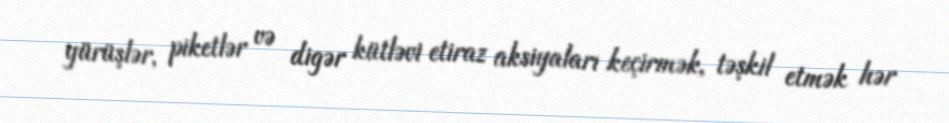
yürüşlər, piketlər və digər kütləvi etiraz aksiyaları keçirmək, təşkil etmək hər